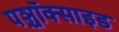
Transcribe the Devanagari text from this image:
पञ्चॉक्साइड